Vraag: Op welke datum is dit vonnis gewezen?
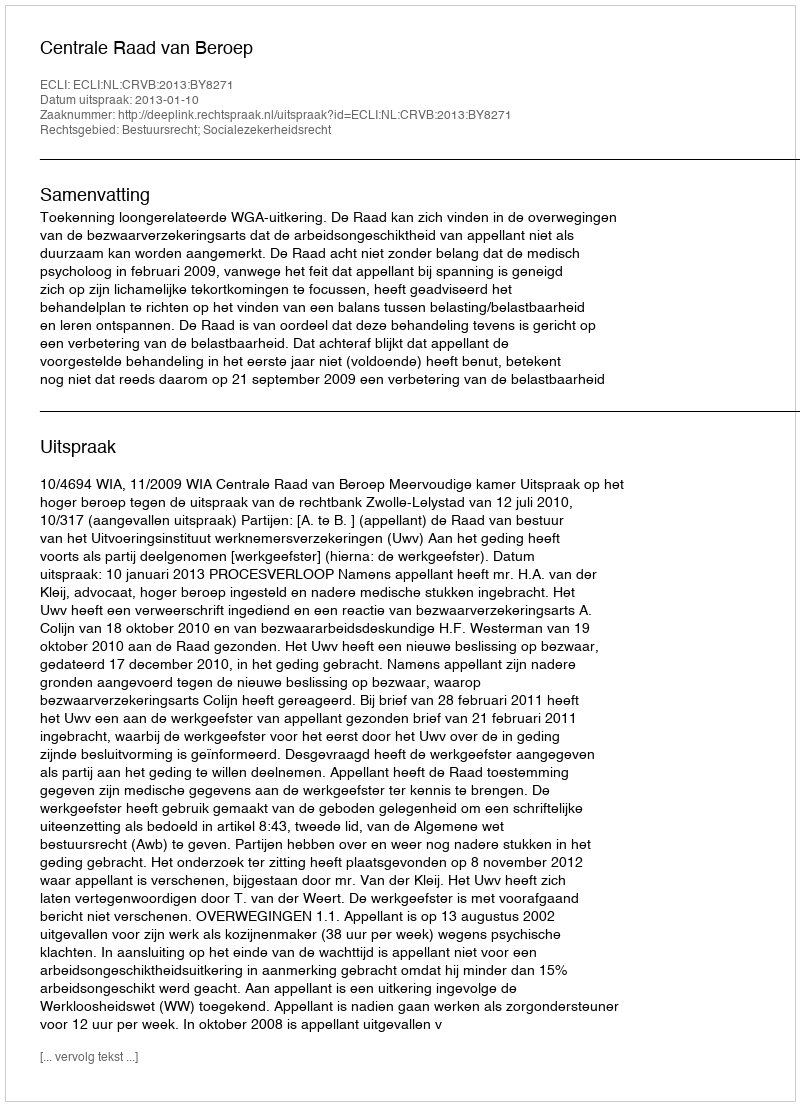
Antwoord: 2013-01-10